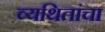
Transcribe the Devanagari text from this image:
व्यथितांचा